Indian journal of veterinary science and animal husbandry - Volumes 15-17, 1948-1951
Year: 1948
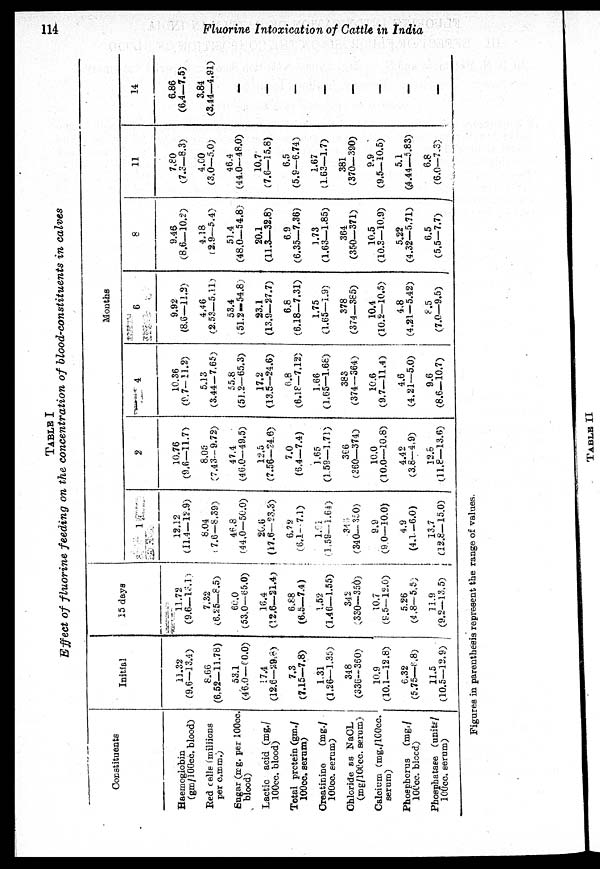
114
Fluorine Intoxication of Cattle in India
TABLE I
Effect of fluorine feeding on the concentration of blood-constituents in calves
Constituents
Haemoglobin
(gm/100cc. blood)
Red cells (millions
per c.m.m.)
Sugar (mg. per 100cc.
blood)
Lactic acid (mg./
100cc. blood)
Total protein (gm./
100cc. serum)
Creatinine
(mg./
100cc. serum)
Chloride ss NaCL
(mg/100cc. serum)
Calcium (mg./l00cc.
serum)
Phosphorus (mg./
100cc. blood)
Phosphatase (units/
100cc. serum)
Initial
11.32
(9.6—13.4)
8.66
(6.52—11.78)
53.1
(46.0—60.0)
17.4
(12.6—29.8)
7.3
(7.15—7.8)
1.31
(1.26—1.35)
348
(336—360)
10.9
(10.1—12.8)
6.32
(5.75—6 .8)
11.5
(10.5—12.9)
15 days
11.72
(9.6—13.1)
7.32
(6.25—8.5)
60.0
(53.0—65.0)
16.4
(12.6—21.4)
6.88
(6.5—7.4)
1.52
(1.46—1.55)
342
(330—350)
10.7
(9.5—12.0)
5.26
(4.8—5.5)
11.9
(9.2—13.5)
1
12.12
(11.4—12.9)
8.04
7.6—8.39)
46.8
(44.0—50.0)
20.6
(17.6—23.3)
6.72
(6.1—7.1)
1.91
(1.59—1.64)
345
(340— 350)
9.9
(9.0—10.0)
4.9
(4.1—6.0)
13.7
(12.8—15.0)
2
10.76
(9.6—11.7)
8.05
(7.43—9.72)
47.4
(46.0—49.5)
12.5
(7.56—24.6)
7.0
(6.4—7.4)
1.65
(1.59—1.71)
366
(360—374)
10.0
(10.0—10.8)
4.42
(3.8—4.9)
12.8
(11.8—13.6)
4
10.36
(9.7—11.2)
5.13
(3.44—7.65)
55.8
(51.2—65.3)
17.2
(13.5—24.6)
6.8
(6.18—7.12)
1.66
(1.65—1.68)
383
(374—364)
10.6
(9.7—11.4)
4.6
(4.21—5.0)
9.6
(8.6—10.7)
Months
6
9.92
(8.6—11.2)
4.46
(2.53—5.11.)
53.4
(51.2-54.8)
23.1
(13.9—27.7)
6.8
(6.18—7.31)
1.75
(1.65—1.9)
378
(374—385)
10.4
(10.2—10.5)
4.8
(4.21—5.42)
8.5
(7.0—9.5)
8
9.46
(8.6—10.2)
4.18
(2.9—5.4)
51.4
(48.0—54.8)
20.1
(11.3—32.8)
6.9
(6.35—7.36)
1.73
(1.63—1.85)
364
(350—371)
10.5
(10.3—10.9)
5.22
(4.32—5.71)
6.5
(5.5—7.7)
11
7.80
(7.3—8.3)
4.00
(3.0—5.0)
46.4
(44.0—48.0)
10.7
(7.6—15.8)
6.5
(5.9—6.74)
1.67
(1.63—1.7)
381
(370—390)
9.9
(9.5—10.5)
5.1
(4.44—5.83)
6.8
(6.0—7.3)
14
6.86
(6.4—7.5)
3.84
(3.44—4.91)
—
—
—
—
—
—
—
—
Figures in parenthesis reprssent the range of values.